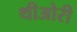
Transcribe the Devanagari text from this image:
थीओरी